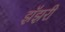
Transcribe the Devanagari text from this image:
झॅझरी